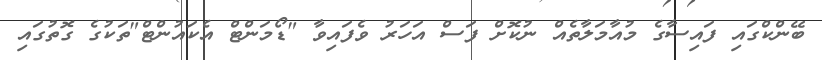
ބޭންކްގައި ފައިސާގެ މުއާމަލާތެއް ނުކޮށް ފަސް އަހަރު ވެފައިވާ "ޑޯމަންޓް އެކައުންޓް"ތަކުގެ ގޮތުގައި